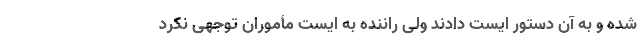
شده و به آن دستور ایست دادند ولی راننده به ایست مأموران توجهی نکرد